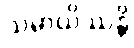
သမ္ပာယိဿန္တိ